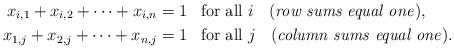
LaTeX: \begin{align*}x_{i,1} + x_{i,2} + \cdots + x_{i,n} &= 1 \textrm{ \, for all $i$ \; \textrm(\emph{row sums equal one})}, \\x_{1,j} + x_{2,j} + \cdots + x_{n,j} &= 1 \textrm{ \, for all $j$ \; (\emph{column sums equal one})}.\end{align*}